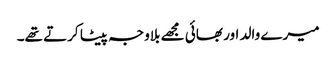
میرے والد اور بھائی مجھے بلاوجہ پیٹا کرتے تھے۔